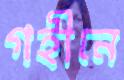
গহীনে